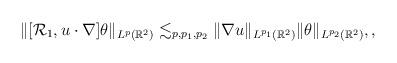
LaTeX: \begin{align*} \| [\mathcal R_1, u\cdot \nabla ] \theta \|_{L^p(\mathbb R^2)}\lesssim_{p,p_1,p_2} \| \nabla u \|_{L^{p_1}(\mathbb R^2)} \| \theta \|_{L^{p_2}(\mathbb R^2)},,\end{align*}